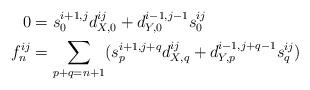
LaTeX: \begin{align*}0 & = s_0^{i+1,j}d_{X,0}^{ij}+d_{Y,0}^{i-1,j-1}s_0^{ij}\\f_{n}^{i j} & =\sum_{p+q=n+1}(s_p^{i+1,j+q}d_{X,q}^{ij}+d_{Y,p}^{i-1,j+q-1}s_q^{ij})\end{align*}